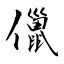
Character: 儠